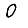
Digit: 0